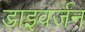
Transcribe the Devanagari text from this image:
डाइवर्जन